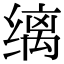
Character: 缡